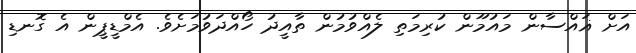
އަށް ޣައްސާން މައުމޫން ކުރިމަތި ލެއްވުމުން ތާއީދު ހޯއްދަވުމަށެވެ. އެމްޑީޕީން އެ ގޮނޑި